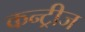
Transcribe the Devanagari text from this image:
कन्ट्रीज